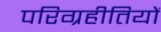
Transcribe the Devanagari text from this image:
परिग्रहीतियों